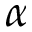
\alpha